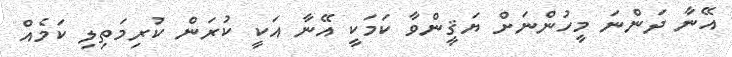
އޭނާ ދަންނަ މީހުންނަށް ޔަޤީންވާ ކަމަކީ އޭނާ އަކީ ކުރަން ކުރިމަތިލި ކަމެއް